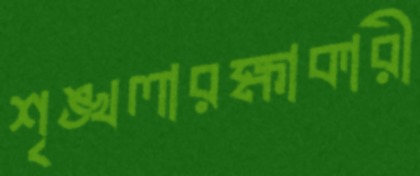
শৃঙ্খলারক্ষাকারী